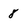
Character: 8